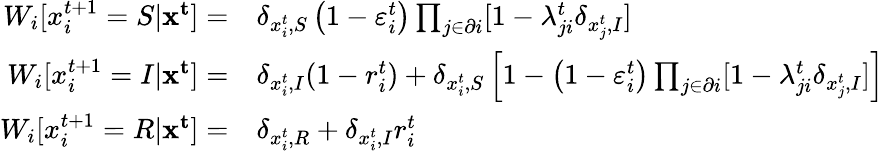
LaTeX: \begin{array}{rl}{W_{i}[x_{i}^{t+1}=S|\mathbf{x^{t}}]=}&{\delta_{x_{i}^{t},S}\left(1-\varepsilon_{i}^{t}\right)\prod_{j\in\partial i}[1-\lambda_{ji}^{t}\delta_{x_{j}^{t},I}]}\\ {W_{i}[x_{i}^{t+1}=I|\mathbf{x^{t}}]=}&{\delta_{x_{i}^{t},I}(1-r_{i}^{t})+\delta_{x_{i}^{t},S}\left[1-\left(1-\varepsilon_{i}^{t}\right)\prod_{j\in\partial i}[1-\lambda_{ji}^{t}\delta_{x_{j}^{t},I}]\right]}\\ {W_{i}[x_{i}^{t+1}=R|\mathbf{x^{t}}]=}&{\delta_{x_{i}^{t},R}+\delta_{x_{i}^{t},I}r_{i}^{t}}\end{array}